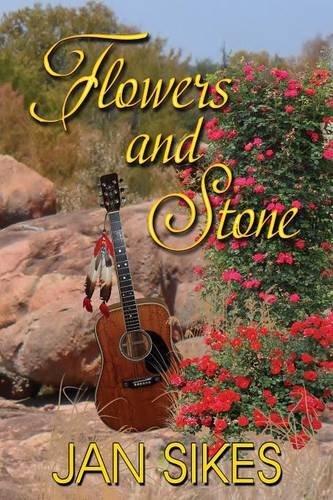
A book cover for Flowers and Stone; Jan Sikes; Literature & Fiction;